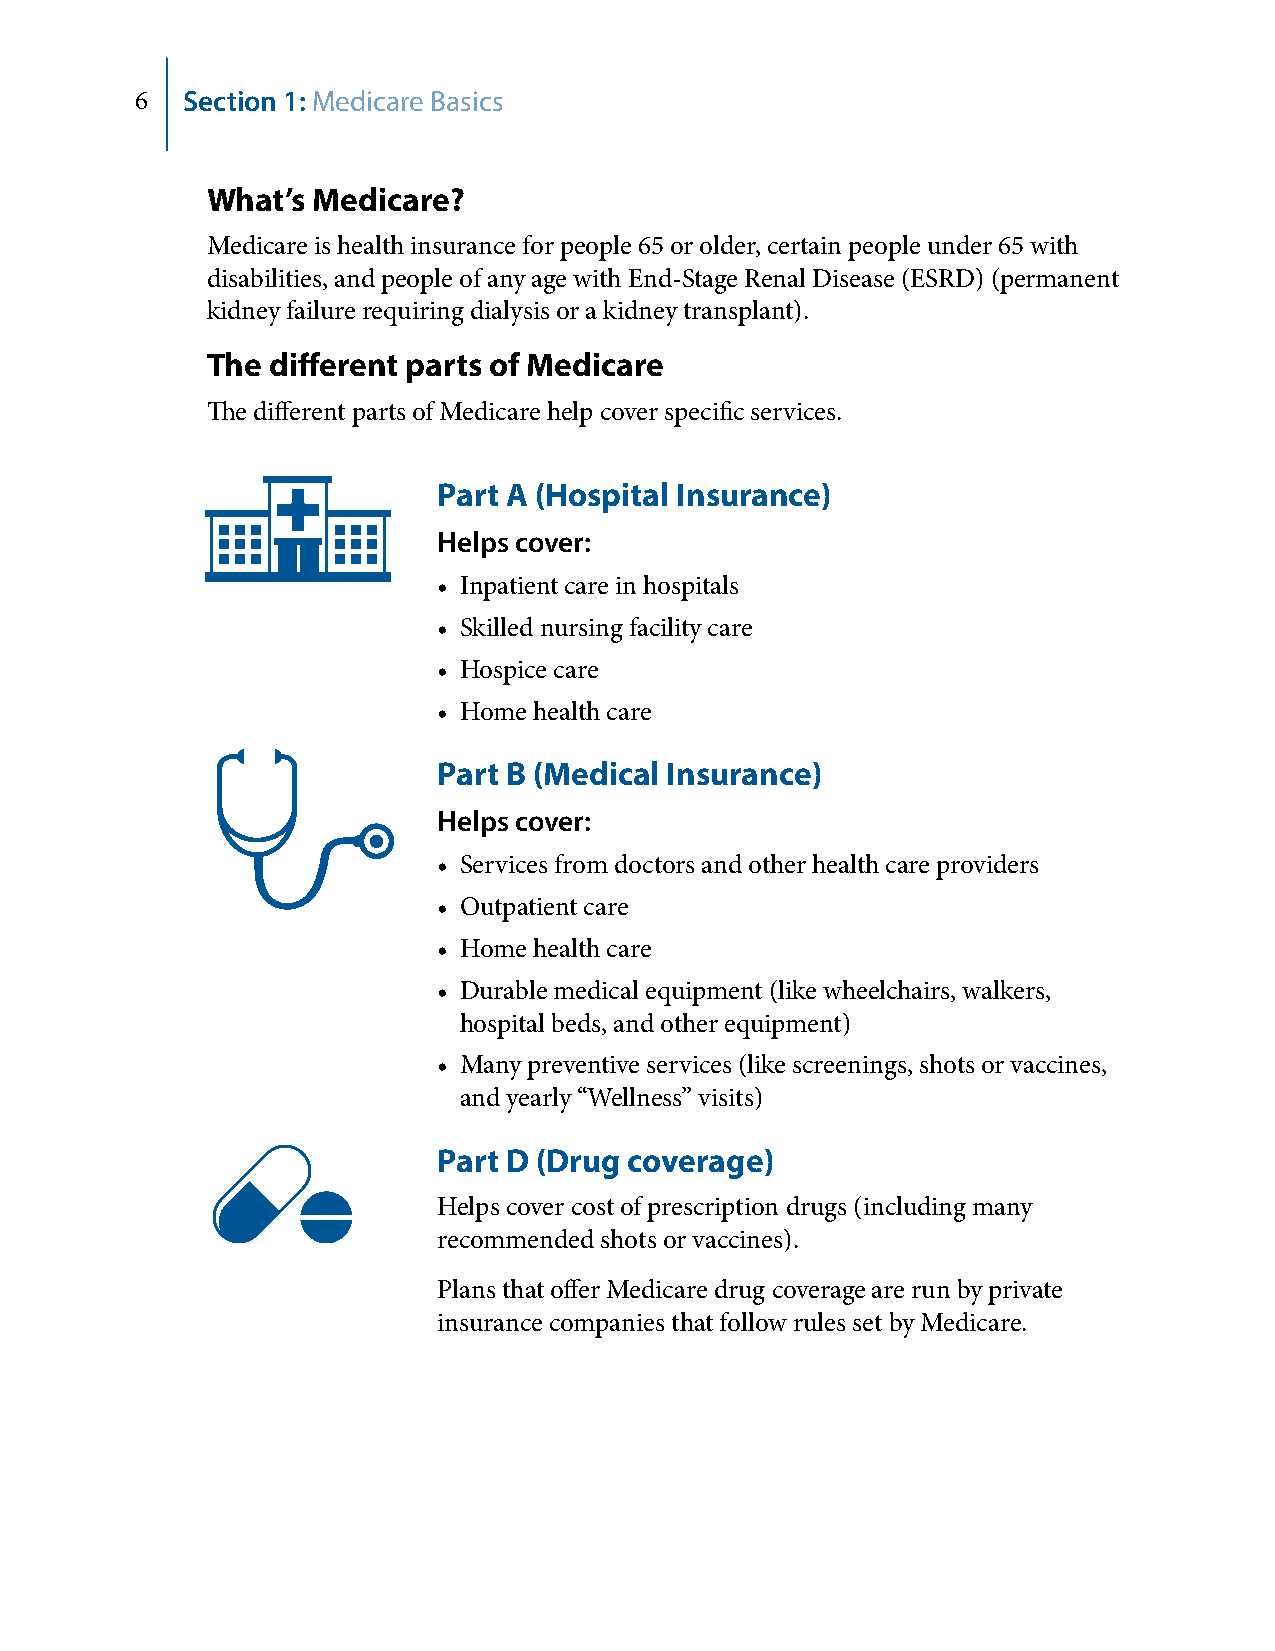
6  Section 1: Medicare Basics
 What’s Medicare?
 Medicare is health insurance for people 65 or older, certain people under 65 with
 disabilities, and people of any age with End‑Stage Renal Disease (ESRD) (permanent
 kidney failure requiring dialysis or a kidney transplant).
 The different parts of Medicare
 The different parts of Medicare help cover specific services.
 Part A (Hospital Insurance)
 Helps cover:
 • Inpatient care in hospitals
 • Skilled nursing facility care
 • Hospice care
 • Home health care
 Part B (Medical Insurance)
 Helps cover:
 • Services from doctors and other health care providers
 • Outpatient care
 • Home health care
 • Durable medical equipment (like wheelchairs, walkers,
 hospital beds, and other equipment)
 • Many preventive services (like screenings, shots or vaccines,
 and yearly “Wellness” visits)
 Part D (Drug coverage)
 Helps cover cost of prescription drugs (including many
 recommended shots or vaccines).
 Plans that offer Medicare drug coverage are run by private
 insurance companies that follow rules set by Medicare.